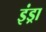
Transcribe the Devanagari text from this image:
इंड्रा